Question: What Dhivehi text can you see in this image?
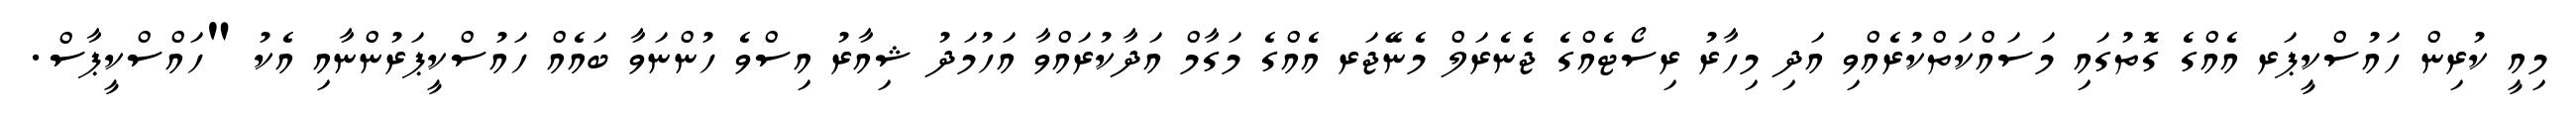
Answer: މިއީ ކުރިން ހައުސްކީޕަރ އެއްގެ ގޮތުގައި މަސައްކަތްކުރެއްވި އަދި މިހާރު ރިސޯޓެއްގެ ޖެނެރަލް މެނޭޖަރ އެއްގެ މަގާމް އަދާކުރައްވާ އަހުމަދު ޝިއާރު އިސްވެ ހުންނަވާ ބައެއް ހައުސްކީޕަރުންނާއި އެކު "ހައްސްކީޕާސް.